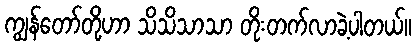
ကျွန်တော်တို့ဟာ သိသိသာသာ တိုးတက်လာခဲ့ပါတယ်။